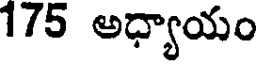
175 అధ్యాయం